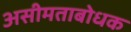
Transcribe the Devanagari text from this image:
असीमताबोधक